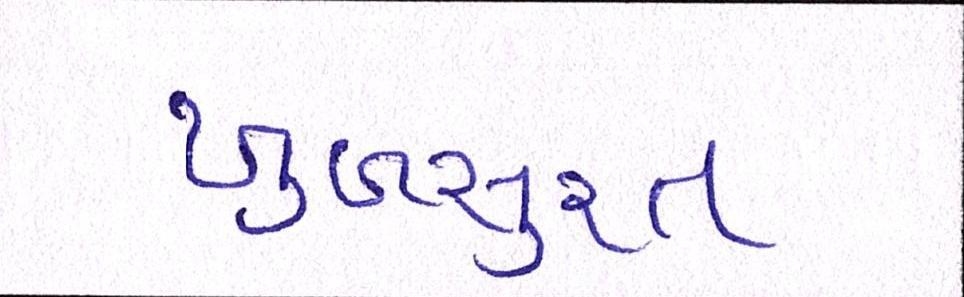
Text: ખુબસુરત